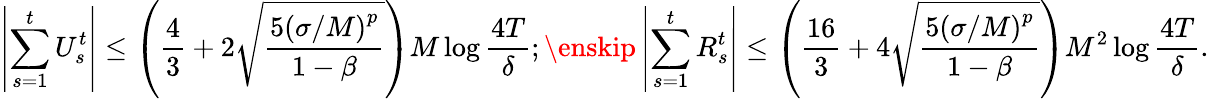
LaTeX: \left|\sum_{s=1}^{t}U_{s}^{t}\right|\leq\left(\frac{4}{3}+2\sqrt{\frac{5\left(\sigma/M\right)^{p}}{1-\beta}}\right)M\log\frac{4T}{\delta};\enskip\left|\sum_{s=1}^{t}R_{s}^{t}\right|\leq\left(\frac{16}{3}+4\sqrt{\frac{5\left(\sigma/M\right)^{p}}{1-\beta}}\right)M^{2}\log\frac{4T}{\delta}.